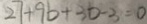
2 7 + 9 b + 3 b - 3 = 0